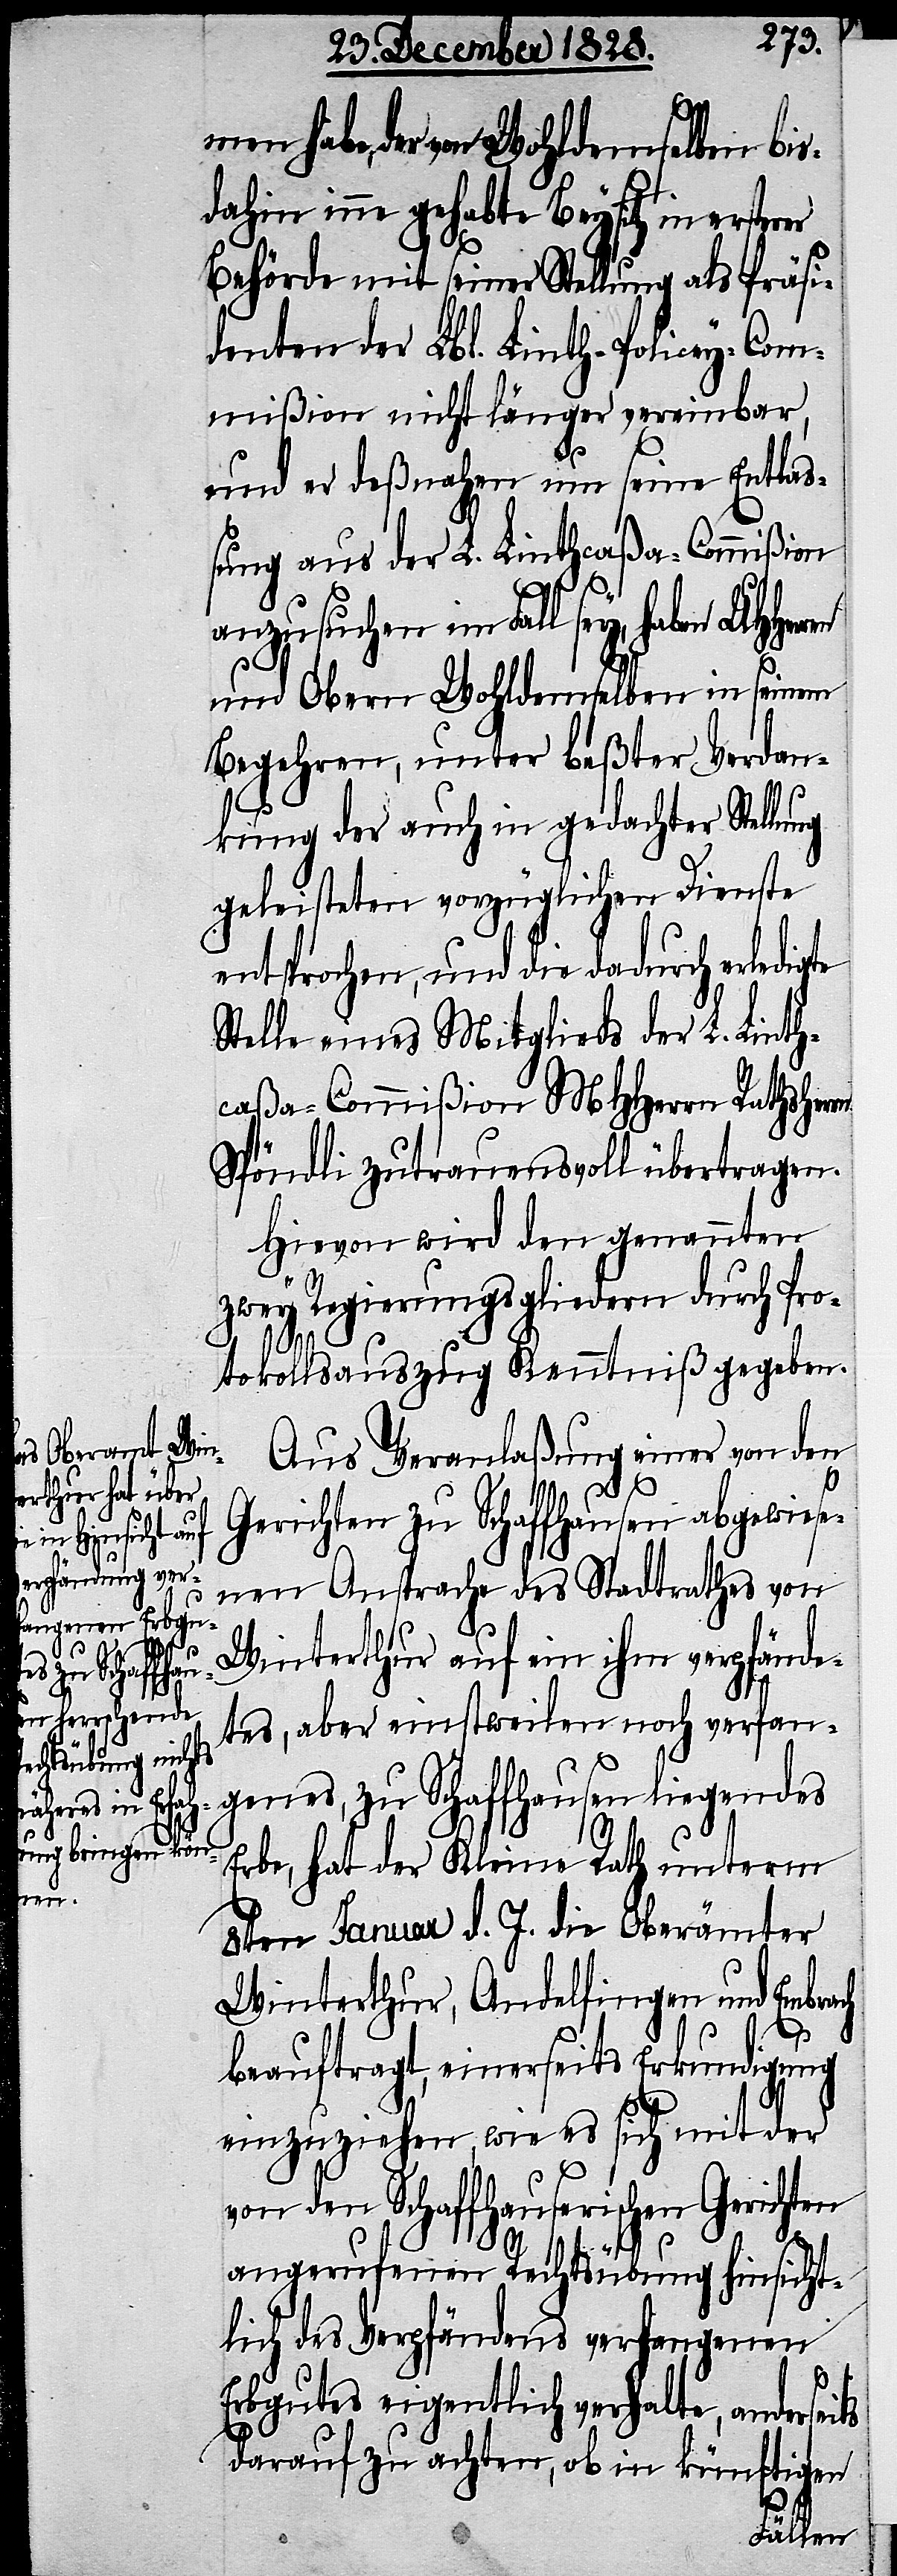
ren

habe, der von Wohldemselben bis¬
dahin inne gehabte Beysitz in
Behörde mit seiner Stellung als Präsi¬
denten der Lbl. Linth-Policey-Com¬
mißion nicht länger vereinbar,
und er deßnahen um seine Entlaß¬
ung aus der L. Linthcaßa-Commißion
anzusuchen im Fall sey, haben UHHer¬
und Obern Wohldemselben in seinem
Begehren, unter beßter Verdan¬
kung der auch in gedachter Stellung
geleisteten vorzüglichen Dienste
entsprochen, und die dadurch erledigte
Stelle eines Mitglieds der L. Linth¬
caßa-Commißion MHHerrn Rathsher¬
Spöndli zutrauensvoll übertragen.
Hievon wird den genannten
zwey Regierungsgliedern durch Pro¬
tokollsauszug Kenntniß gegeben.
Aus Veranlaßung einer von den
Gerichten zu Schaffhausen abgewiese¬
nen Ansprache des Stadtrathes von
Winterthur auf ein ihm verpfände¬
tes, aber einstweilen noch verfan¬
genes, zu Schaffhausen liegendes
Erbe, hat der Kleine Rath unterm
8ten Januar d. J. die Oberämter
Winterthur, Andelfingen und Embra¬
ts
beauftragt, einerseits Erkundigung
einzuziehen, wie es ich mit der
von den Schaffhauserischen Gerichten
angerufenen Rechtsübung hinsicht¬
lich des Verpfändens verfangenen
Erbgutes eigentlich verhalte, andersei¬
darauf zu achten, ob in künftigen